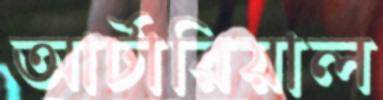
আর্টারিয়াল